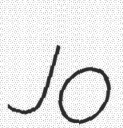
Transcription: Jo